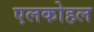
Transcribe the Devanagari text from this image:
एलकोहल